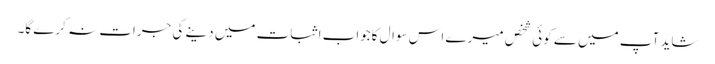
شاید آپ میں سے کوئی شخص میرے اس سوال کاجواب اثبات میں دینے کی جرات نہ کرے گا۔